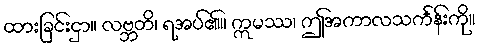
ထားခြင်းငှာ။ လဗ္ဘတိ၊ ရအပ်၏။ ဣမဿ၊ ဤအကာလသင်္ကန်းကို။